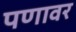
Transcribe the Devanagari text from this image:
पणावर